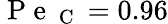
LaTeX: \mathrm{~P~e~}_{\mathrm{~C~}}=0.96